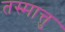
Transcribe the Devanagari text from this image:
तस्मात्तु